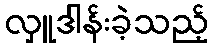
လှူဒါန်းခဲ့သည့်